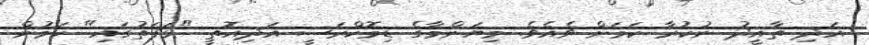
އަދި ތާއީދު ނުކުރާ ކަމަށް ވެއެވެ. މިޔަންމާގެ ޑިމޮކްރަސީ އަދިއޮތީ "ޅަފަތުގައި" ކަމުން